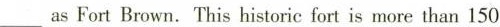
___as Fort Brown.This historie fort is more than 150